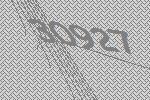
30927